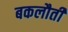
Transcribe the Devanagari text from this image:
बकलौती